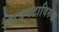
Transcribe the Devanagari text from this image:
चित्रपटाविरुद्ध